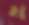
ধ